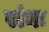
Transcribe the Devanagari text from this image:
संघः